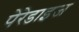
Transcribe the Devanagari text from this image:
पेरेडाइज